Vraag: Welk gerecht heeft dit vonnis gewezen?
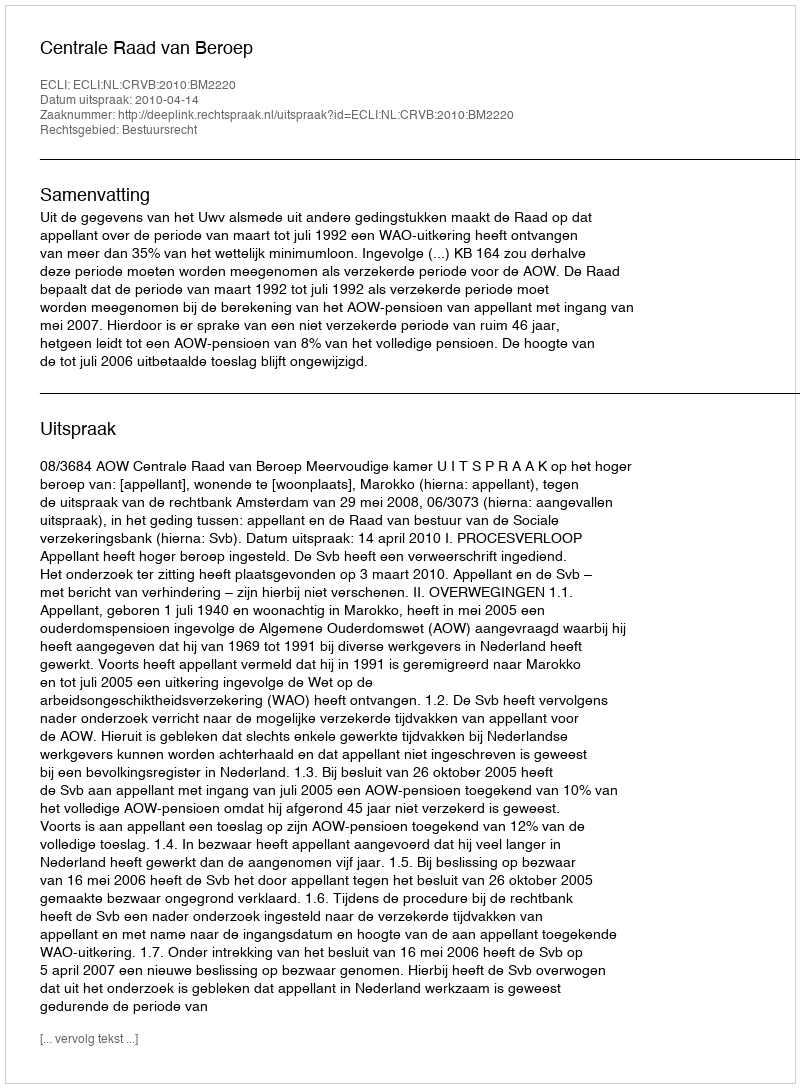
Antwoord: Centrale Raad van Beroep